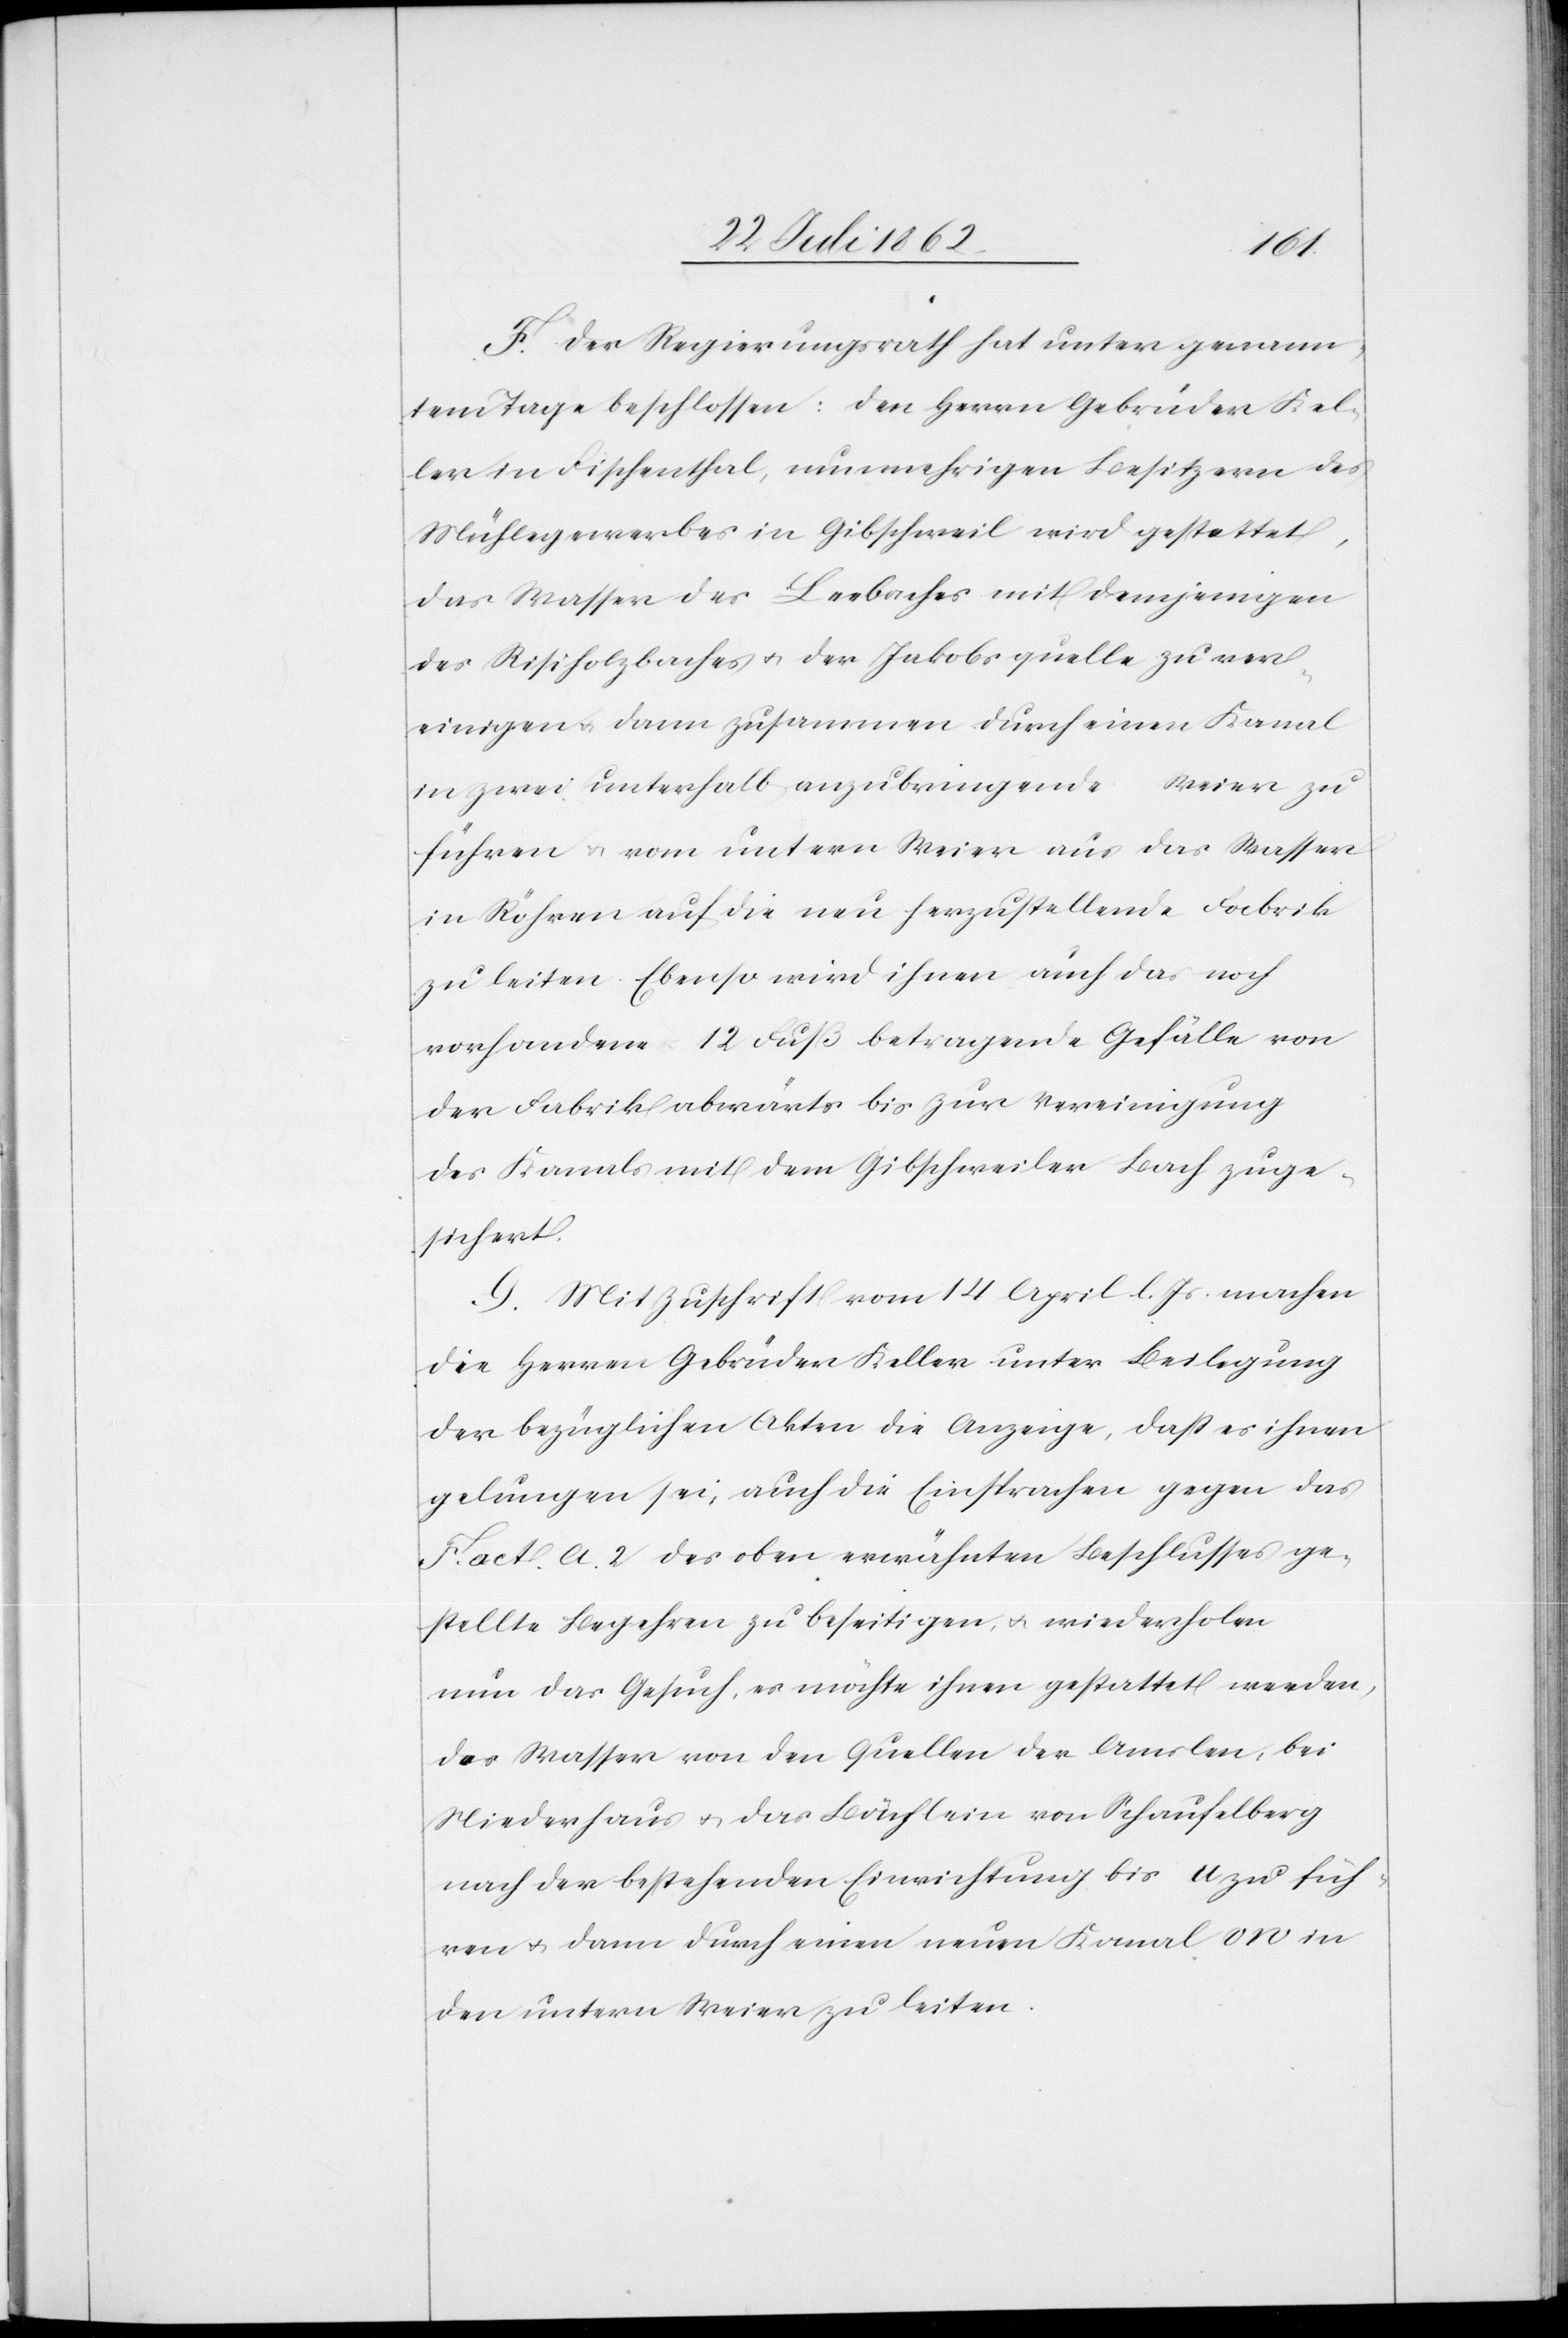
F. Der Regierungsrath hat unter genann¬
tem Tage beschlossen: den Herrn Gebrüder Kel¬
ler in Fischenthal, nunmehrigen Besitzern des
Mühlegewerbes in Gibschweil wird gestattet,
das Wasser des Leebaches mit demjenigen
des Risiholzbaches u. der Jakobsquelle zu ver¬
einigen u. dann zusammen durch einen Kanal
in zwei unterhalb anzubringende Weier zu
führen u. vom untern Weier aus das Wasser
in Röhren auf die neu herzustellende Fabrik
zu leiten. Ebenso wird ihnen auch das noch
vorhandene 12 Fuß betragende Gefälle von
der Fabrik abwärts bis zur Vereinigung
des Kanals mit dem Gibschweiler Bach zuge¬
sichert.
G. Mit Zuschrift vom 14. April l. Js. machen
die Herren Gebrüder Keller unter Beilegung
der bezüglichen Akten die Anzeige, daß es ihnen
gelungen sei, auch die Einsprachen gegen das
Fact. A. 2 des oben erwähnten Beschlusses ge¬
stellte Begehren zu beseitigen u. wiederholen
nun das Gesuch, es möchte ihnen gestattet werden,
das Wasser von den Quellen der Amslen, bei
Niederhaus u. das Bächlein von Schaufelberg
nach der bestehenden Einrichtung bis A zu füh¬
ren u. dann durch einen neuen Kanal vn in
den untern Weier zu leiten.